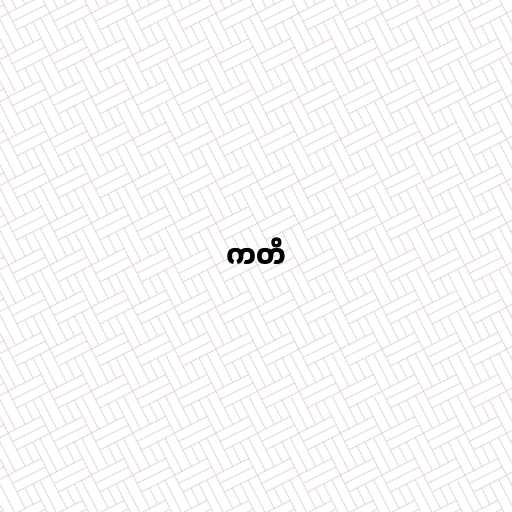
ကတိ